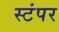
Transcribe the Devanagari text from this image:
स्टंपर